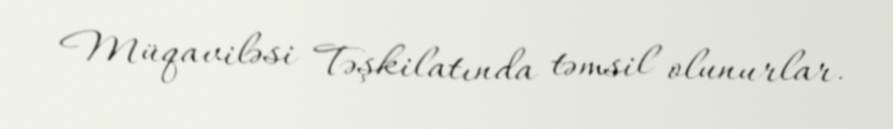
Müqaviləsi Təşkilatında təmsil olunurlar.